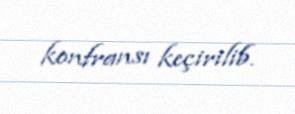
konfransı keçirilib.